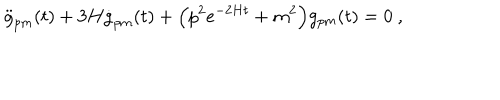
\ddot { g } _ { p m } ( t ) + 3 H \dot { g } _ { p m } ( t ) + \Bigl ( p ^ { 2 } e ^ { - 2 H t } + m ^ { 2 } \Bigr ) g _ { p m } ( t ) = 0 \ ,